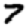
Digit: 7